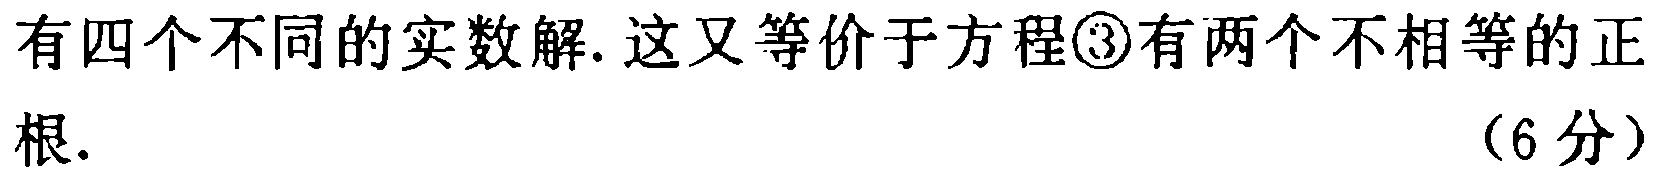
有四个不同的实数解. 这又等价于方程\textcircled{3}有两个不相等的正根. （6分）